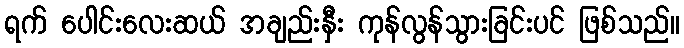
ရက် ပေါင်းလေးဆယ် အချည်းနှီး ကုန်လွန်သွားခြင်းပင် ဖြစ်သည်။